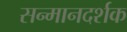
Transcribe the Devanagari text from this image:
सन्मानदर्शक